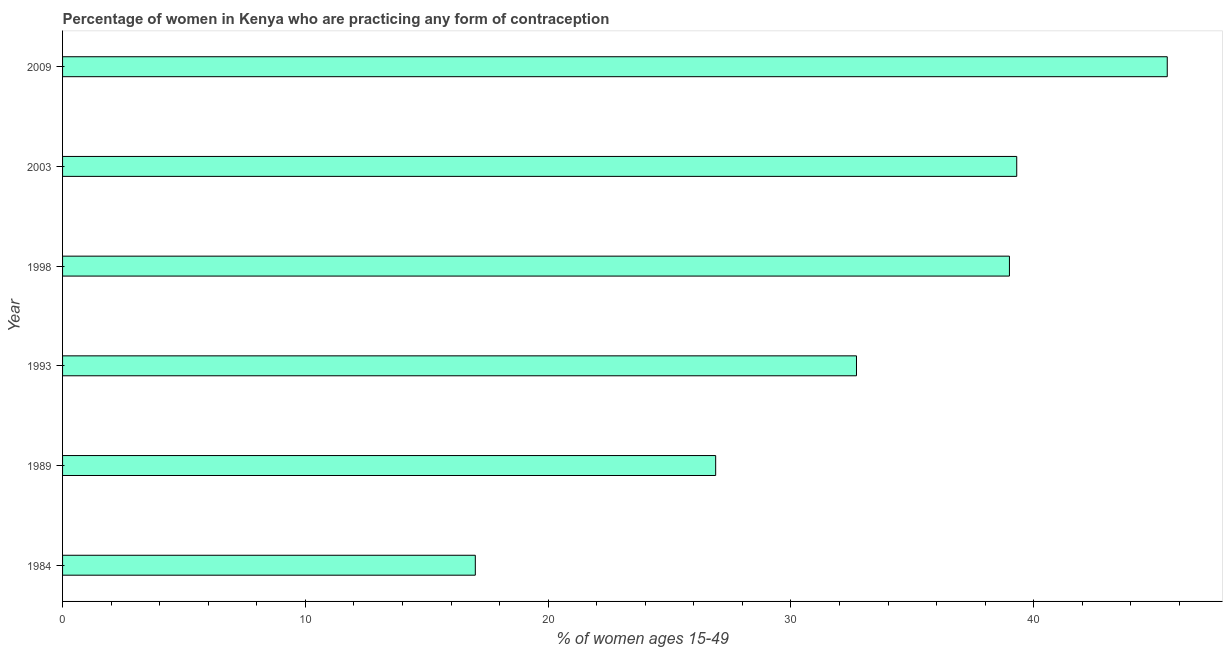
| Year | Contraceptive prevalence |
 | --- | --- |
 | 1984 | 17 |
 | 1989 | 26.9 |
 | 1993 | 32.7 |
 | 1998 | 39 |
 | 2003 | 39.3 |
 | 2009 | 45.5 |